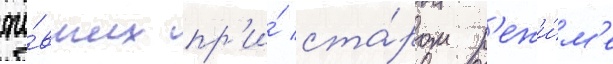
жи́вших пр'и́ ста́ром р'ежи́м'е